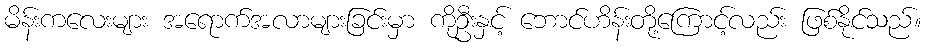
မိန်းကလေးများ အရောက်အလာများခြင်းမှာ ကိုဦးနှင့် ဘောင်ဟိန်းတို့ကြောင့်လည်း ဖြစ်နိုင်သည်။